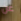
عن